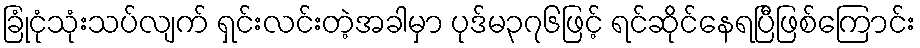
ခြုံငုံသုံးသပ်လျက် ရှင်းလင်းတဲ့အခါမှာ ပုဒ်မ၃၇၆ဖြင့် ရင်ဆိုင်နေရပြီဖြစ်ကြောင်း